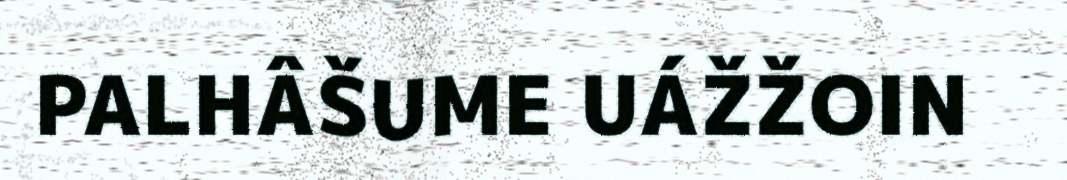
PALHÂŠUME UÁŽŽOIN